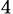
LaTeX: _{\textrm{4}}